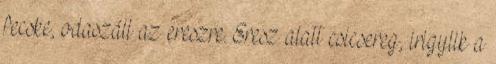
fecske, odaszáll az ereszre. Eresz alatt csicsereg, irigylik a